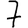
Digit: 7